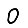
Digit: 0